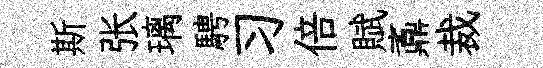
斯张璃騁习倍賦鼒裁